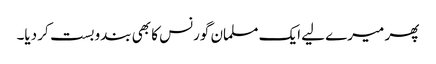
پھر میرے لیے ایک مسلمان گورنس کا بھی بندوبست کر دیا۔